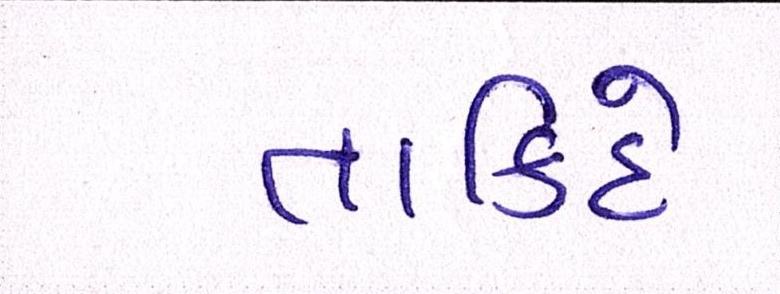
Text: તાકિદે